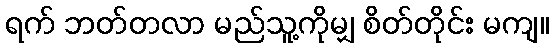
ရက် ဘတ်တလာ မည်သူ့ကိုမျှ စိတ်တိုင်း မကျ။